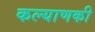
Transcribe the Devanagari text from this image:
कल्याणकी